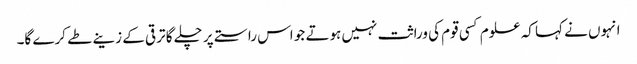
انہوں نے کہا کہ علوم کسی قوم کی وراثت نہیں ہوتے جو اس راستے پر چلے گا ترقی کے زینے طے کرے گا۔